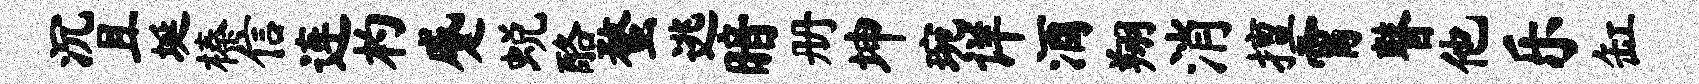
沉且埏榛信连杓蹙蜕酪蝥逃暗册坤琬详酒翔消擅霄瞽他乐缸